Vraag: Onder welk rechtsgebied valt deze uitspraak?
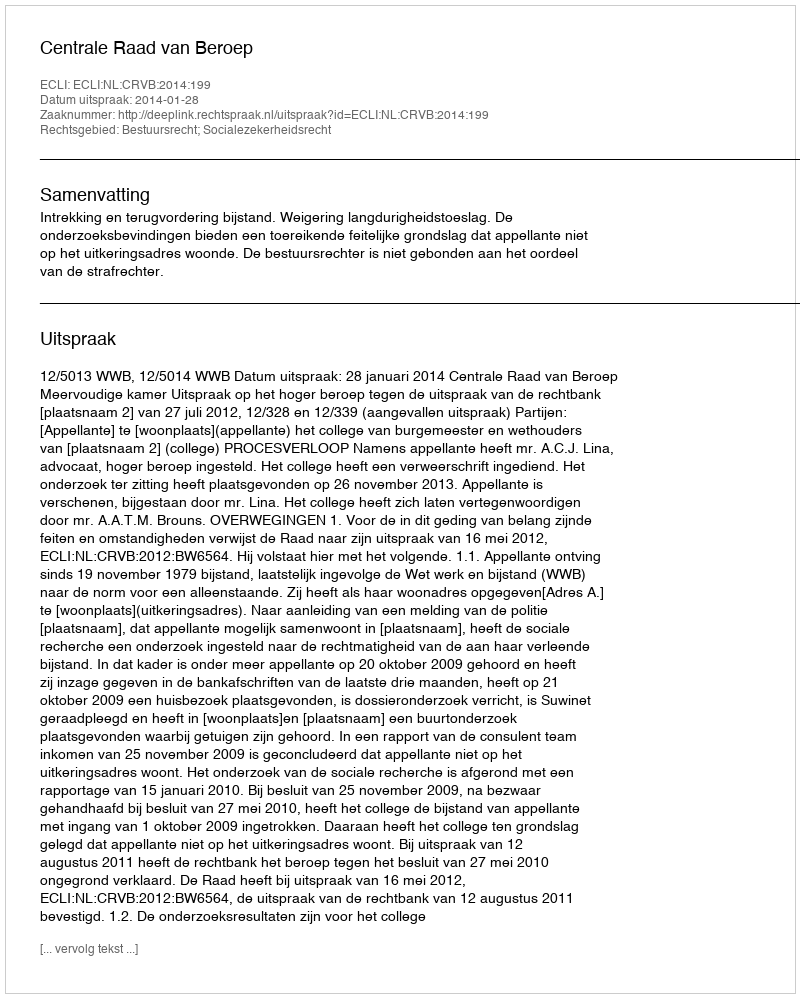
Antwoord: Bestuursrecht; Socialezekerheidsrecht